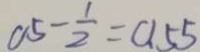
0 . 5 - \frac { 1 } { 2 } = 0 . 5 5